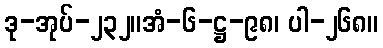
ဒု-အုပ်-၂၃၂။အံ-၆-ဋ္ဌ-၉၈၊ ပါ-၂၆၈။